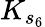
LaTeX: K_{s_{6}}